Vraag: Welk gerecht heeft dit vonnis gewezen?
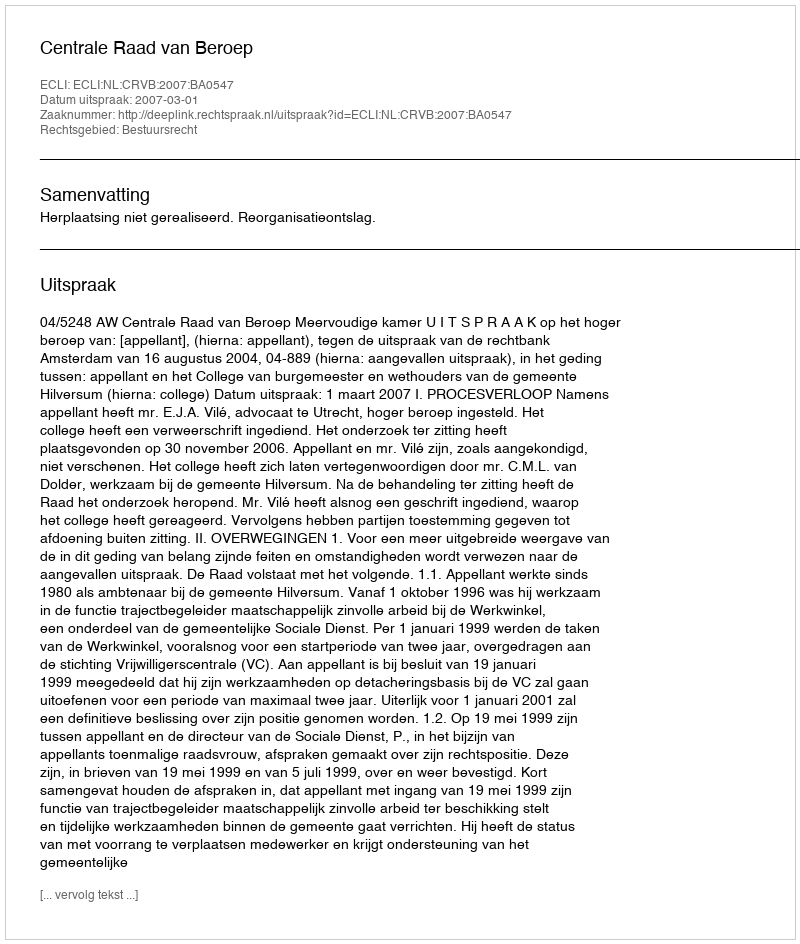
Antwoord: Centrale Raad van Beroep